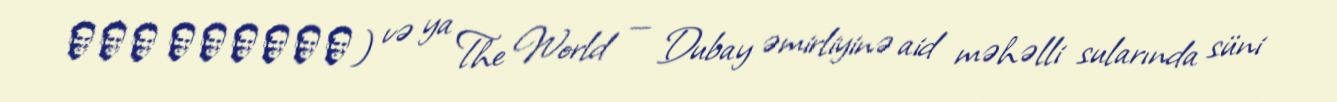
جزر العالم) və ya The World — Dubay əmirliyinə aid məhəlli sularında süni